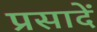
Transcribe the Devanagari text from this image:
प्रसादें